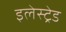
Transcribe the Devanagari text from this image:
इलेस्ट्रेड